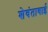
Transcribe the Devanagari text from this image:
शेवंताबाई